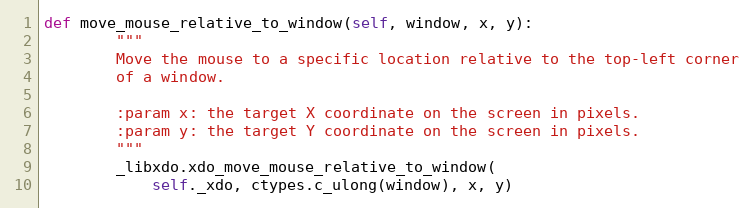
Language: Python
def move_mouse_relative_to_window(self, window, x, y):
        """
        Move the mouse to a specific location relative to the top-left corner
        of a window.

        :param x: the target X coordinate on the screen in pixels.
        :param y: the target Y coordinate on the screen in pixels.
        """
        _libxdo.xdo_move_mouse_relative_to_window(
            self._xdo, ctypes.c_ulong(window), x, y)